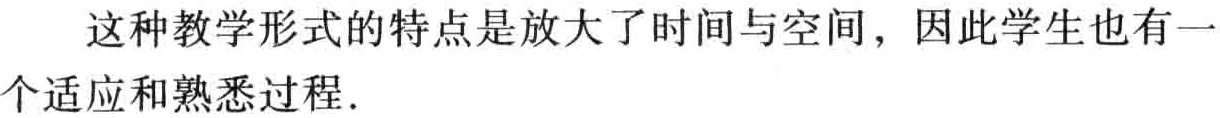
这种教学形式的特点是放大了时间与空间，因此学生也有一个适应和熟悉过程.